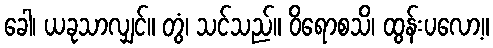
ခေါ၊ ယခုသာလျှင်။ တွံ၊ သင်သည်။ ဝိရောစသိ၊ ထွန်းပလော့။